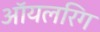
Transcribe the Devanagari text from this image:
ऑयलरिग